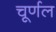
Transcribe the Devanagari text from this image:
चूर्णल